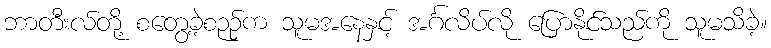
ဘာတီးလ်တို့ စတွေ့ခဲ့စဉဉ်က သူမအနေနှင့် အင်္ဂလိပ်လို ပြောနိုင်သည်ကို သူမသိခဲ့။